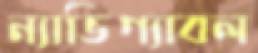
ন্যাভিগ্যাবল